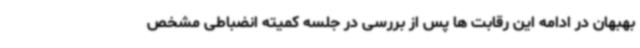
بهبهان در ادامه این رقابت ها پس از بررسی در جلسه کمیته انضباطی مشخص